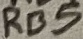
Text: RB5